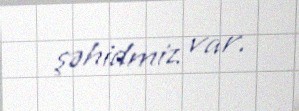
şəhidmiz var.